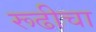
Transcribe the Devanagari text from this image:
रूढीचा